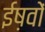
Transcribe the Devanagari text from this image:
ईष़वों